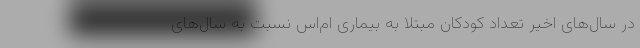
در سال‌های اخیر تعداد کودکان مبتلا به بیماری ام‌اس نسبت به سال‌های